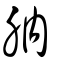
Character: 肭